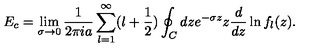
E _ { c } = \lim _ { \sigma \to 0 } { \frac { 1 } { 2 \pi i a } } \sum _ { l = 1 } ^ { \infty } ( l + { \frac { 1 } { 2 } } ) \oint _ { C } d z e ^ { - \sigma z } z { \frac { d } { d z } } \ln f _ { l } ( z ) .